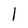
Character: 1